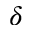
\delta